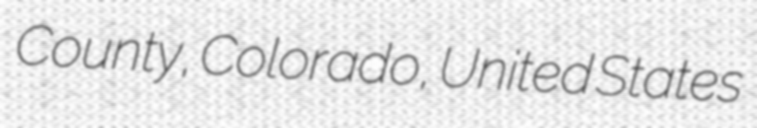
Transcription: County, Colorado, United States